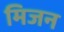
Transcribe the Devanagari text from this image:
मिजन